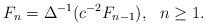
LaTeX: \begin{align*}F_n=\Delta^{-1}(c^{-2} F_{n-1}), \ \ n\geq 1.\end{align*}